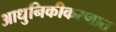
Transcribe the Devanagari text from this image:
आधुनिकीकरणात